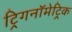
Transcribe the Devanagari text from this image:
ट्रिगनॉमेट्रिक